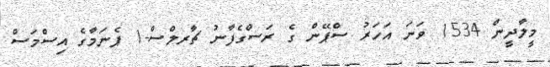
މީލާދީން 1534 ވަނަ އަހަރު ސްޕޭން ގެ ރަސްގެފާނު ޗާރލްސް-1 ޕެނަމާގެ އިސްމަސް